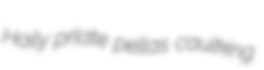
Haily prlate pellas caulking